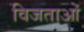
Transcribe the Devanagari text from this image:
विजताओं